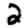
Digit: 2